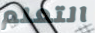
التعلم